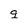
Character: g